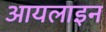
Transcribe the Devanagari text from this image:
आयलाइन